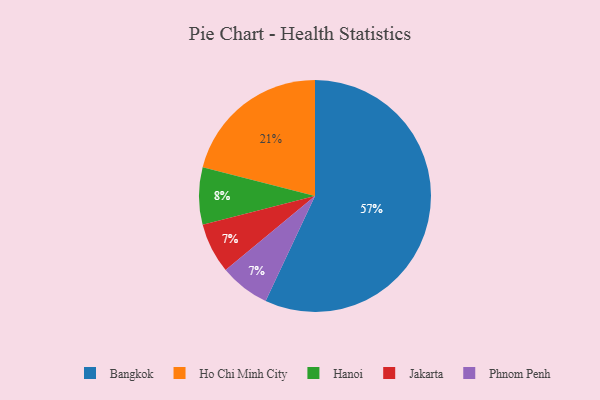
{"axis": {"x": "Category", "y": "Percentage"}, "legend": ["Bangkok", "Hanoi", "Ho Chi Minh City", "Jakarta", "Phnom Penh"], "data": [{"x": "Jakarta", "y": 7, "type": "Jakarta"}, {"x": "Hanoi", "y": 8, "type": "Hanoi"}, {"x": "Phnom Penh", "y": 7, "type": "Phnom Penh"}, {"x": "Bangkok", "y": 57, "type": "Bangkok"}, {"x": "Ho Chi Minh City", "y": 21, "type": "Ho Chi Minh City"}]}